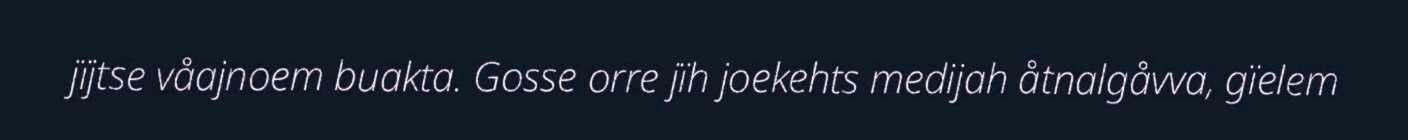
jïjtse våajnoem buakta. Gosse orre jïh joekehts medijah åtnalgåvva, gïelem